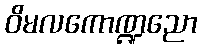
ဝိမလကောဏ္ဍညော